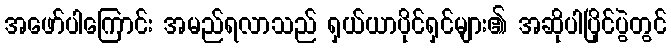
အဖော်ပါကြောင်း အမည်ရလာသည် ရှယ်ယာပိုင်ရှင်များ၏ အဆိုပါပြိုင်ပွဲတွင်